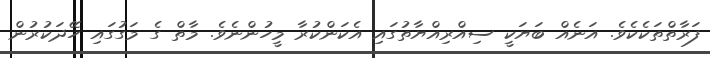
ފަރާތްތަކެކެވެ. އަނެއް ބަޔަކީ ސިއްރިއްޔާތުގައި އެކަންކުރާ މީހުންނެވެ. މާތް ގެ މަގުގައި ހޭދަކުރުން